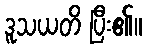
ဒူသယတိ ပြီး၏။